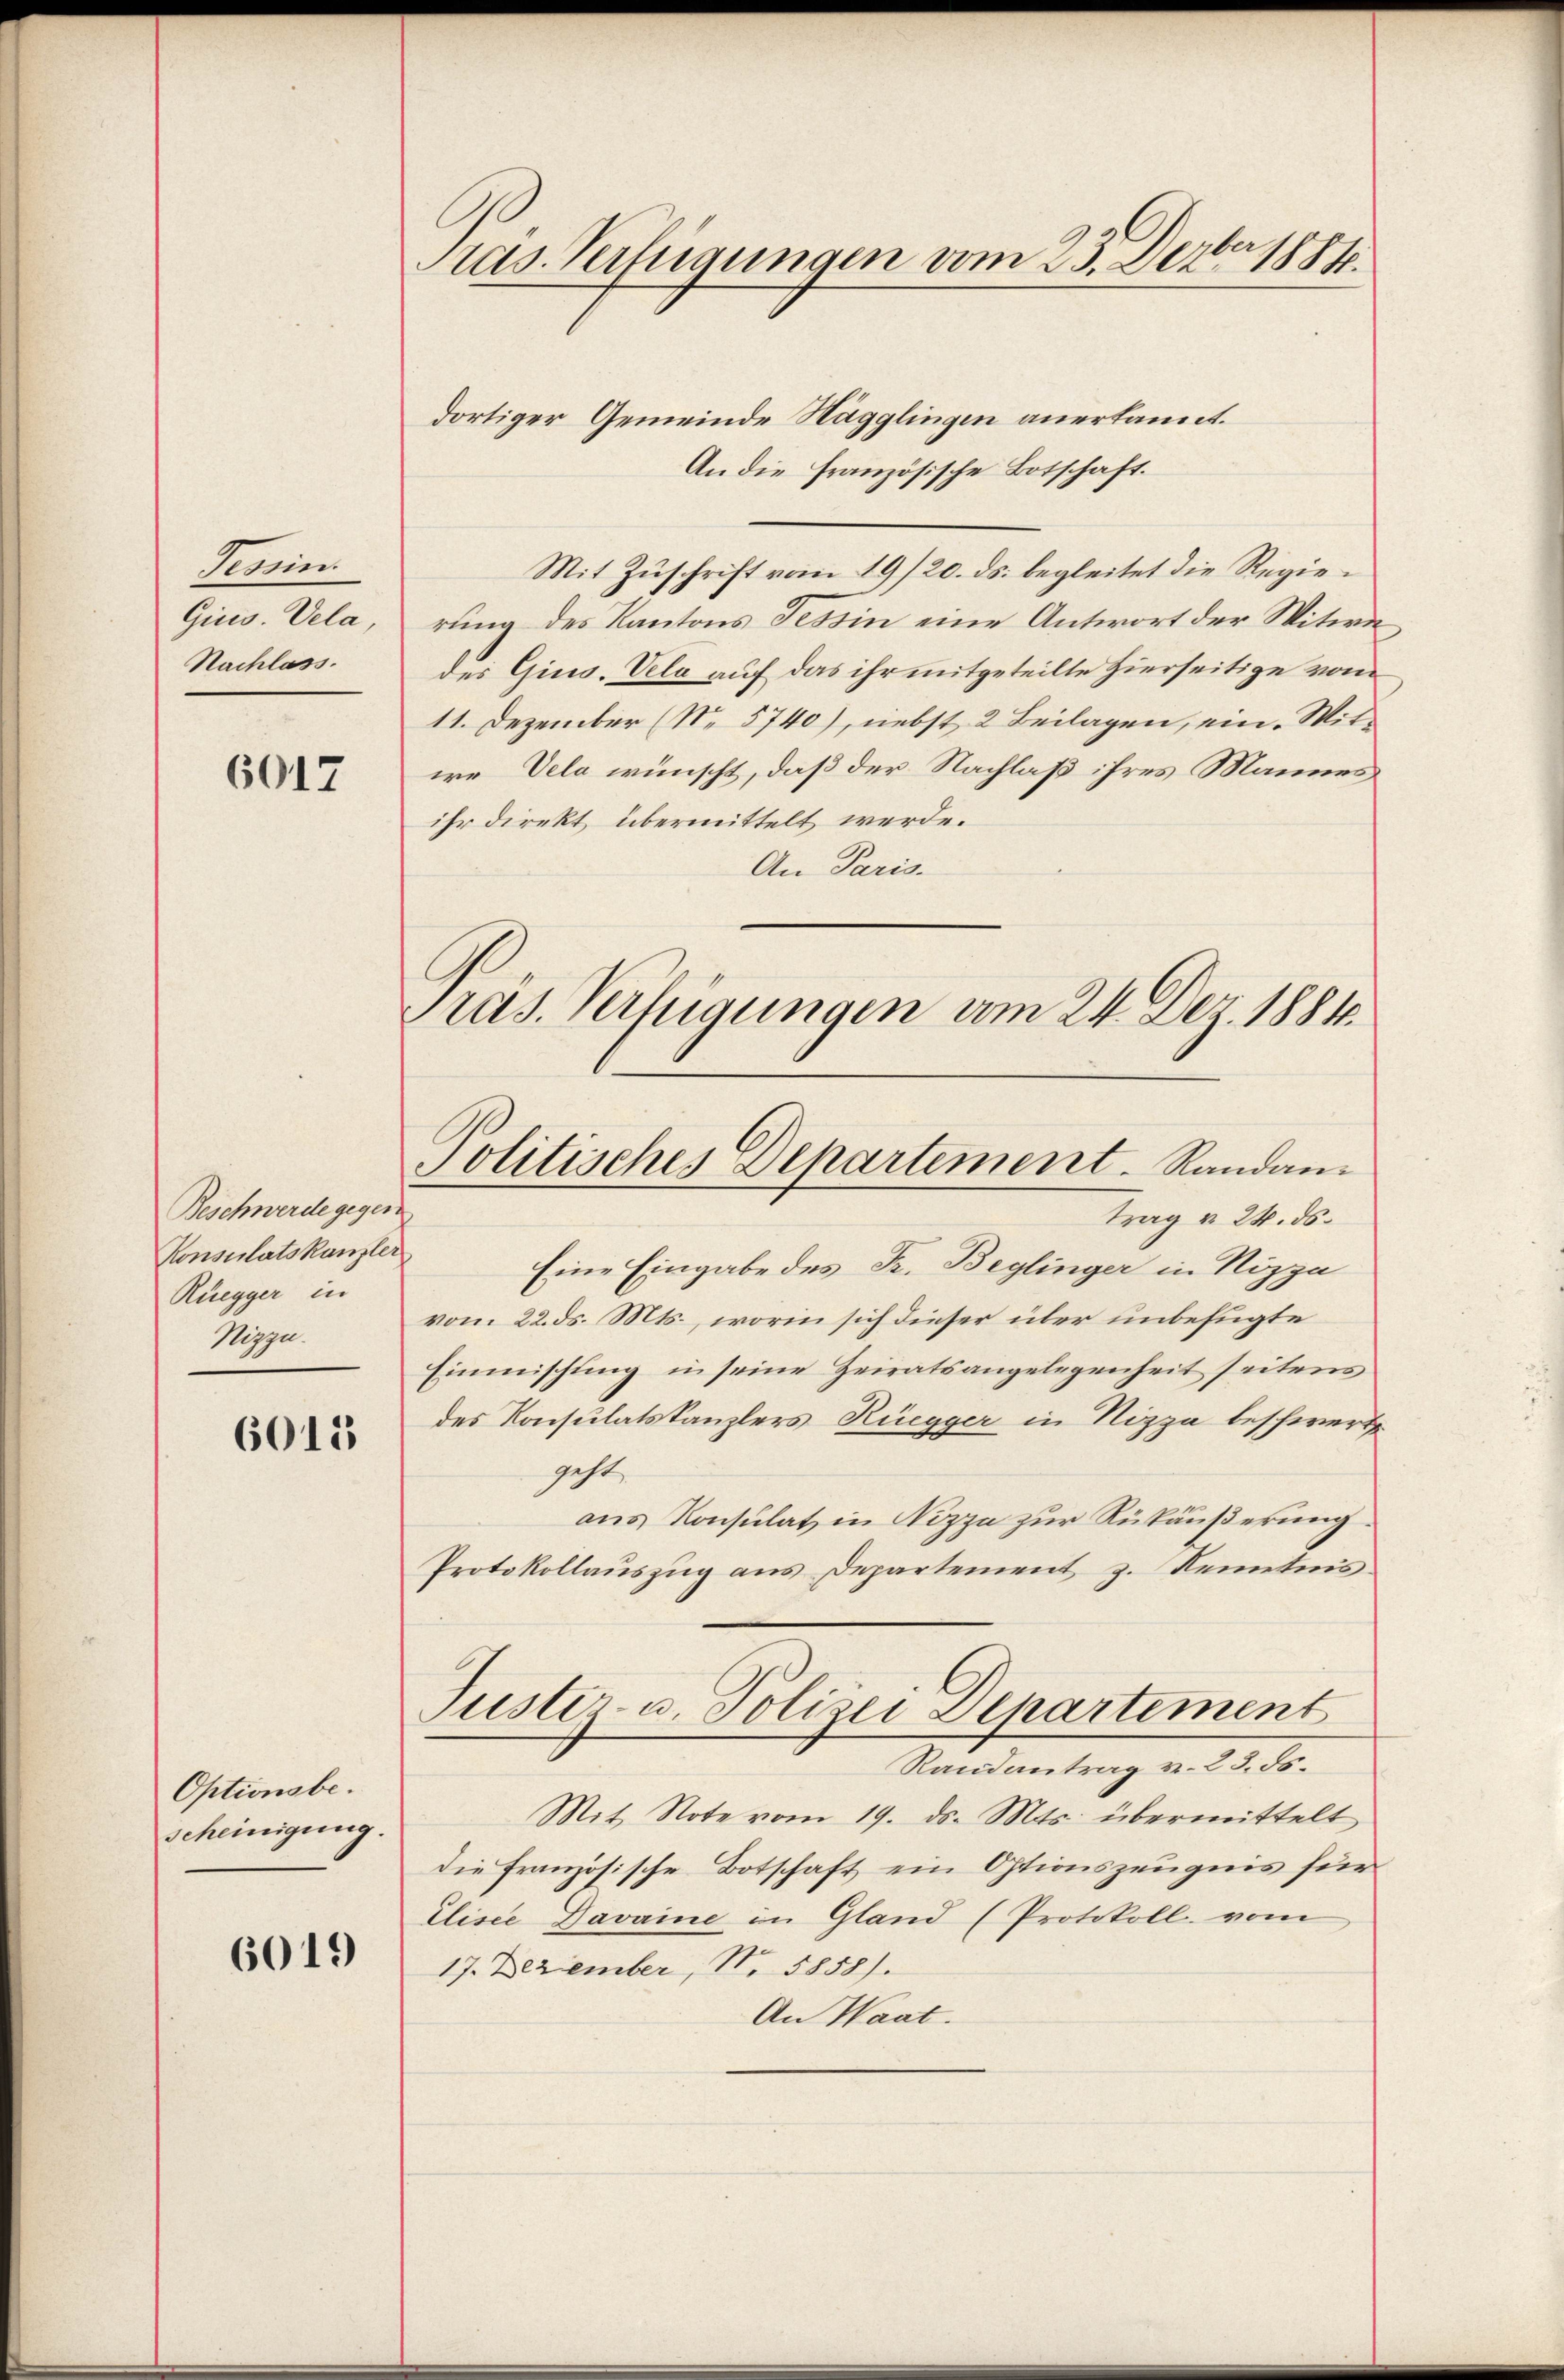
Pesim
Giew. Vela
Nachlass.

6017

6015

Optionsbescheinigung.

6019

Pras. Verfügungen vom 23. Dezbr 1884.

dortiger Gemeinde Hägglingen anerkannt.
An die französische Botschaft.
Mit Zuschrift vom 19/20. ds. begleitet die Regierung des Kantons Tessin eine Antwort der Witwe
des Gius. Vela auf das ihr mitgeteilte hierseitige vom
11. Dezember (No 5740), nebst 2 Beilagen, ein. Mitie Velo wünscht, daß der Nachlaß ihres Mannes
ihr direkt übermittelt werde.
An Paris.
Pras. Verfügungen am 24. Dez. 1884.

Beschwerde gegen
Konsulatskanzler
Rüegger in
Nizza.

Eine Eingabe des Fr. Beglinger in Nizza
vom 22. ds. Mts., worin sich dieser über unbefugte
Einmischung in seine Zeiratsangelegenheit seitens
des Konsulatskanzlers Rüegger in Nizza beschwert
geht,
aus Konsulat in Nizza zur Rükäußerung.
Protokollauszug aus Departement z. Kenntnis.
Justiz- u. Polizei Departement
Randantrag v. 23. ds.
Mit Note vom 19. ds. Mts. übermittelt
die Französische Botschaft ein Optionszeugnis für
Eliser Davaine in Gland (Protokoll vom
17. Dezember, N. 5858).
An Waat.

Politisches Departement. Randan-
trag v. 24. ds.